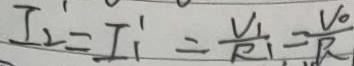
I _ { 2 } = I _ { 1 } ^ { \prime } = \frac { V _ { 1 } } { R _ { 1 } } = \frac { V _ { 0 } } { R }